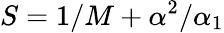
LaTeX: S=1/M+\alpha^{2}/\alpha_{1}